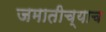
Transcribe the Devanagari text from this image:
जमातीच्याच